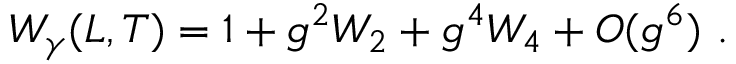
{ \cal W } _ { \gamma } ( L , T ) = 1 + g ^ { 2 } { \cal W } _ { 2 } + g ^ { 4 } { \cal W } _ { 4 } + { \cal O } ( g ^ { 6 } ) \ .